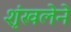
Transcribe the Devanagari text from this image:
शृंखलेने